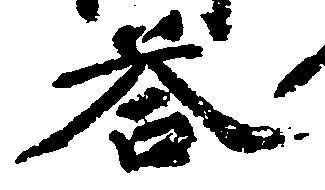
答